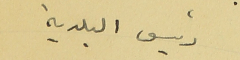
رئيس البلدية